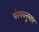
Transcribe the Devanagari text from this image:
पंरपरानुसार